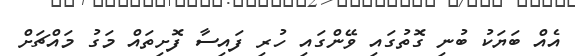
އެއް ބަޔަކު ބުނި ގޮތުގައި ވޭންގައި ހުރި ފައިސާ ފޮށިތައް މަގު މައްޗަށް